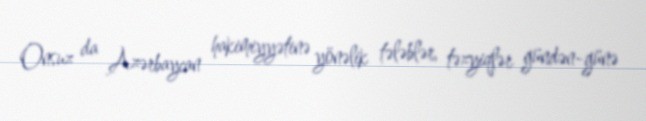
Onsuz da Azərbaycan hakimiyyətinə yönəlik tələblər, təzyiqlər gündən-günə